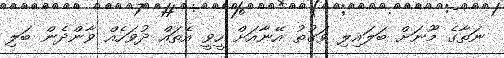
ނަތާގެ މޫނަށް ބަލައިލި ވަގުތު އޭނާއަށް ހީވީ އެތައް ދުވަހެއް ވާންދެން ބަލި